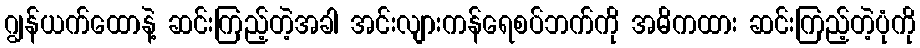
ဂျွန်ယက်ထောနဲ့ ဆင်းကြည့်တဲ့အခါ အင်းလျားကန်ရေစပ်ဘက်ကို အဓိကထား ဆင်းကြည့်တဲ့ပုံကို